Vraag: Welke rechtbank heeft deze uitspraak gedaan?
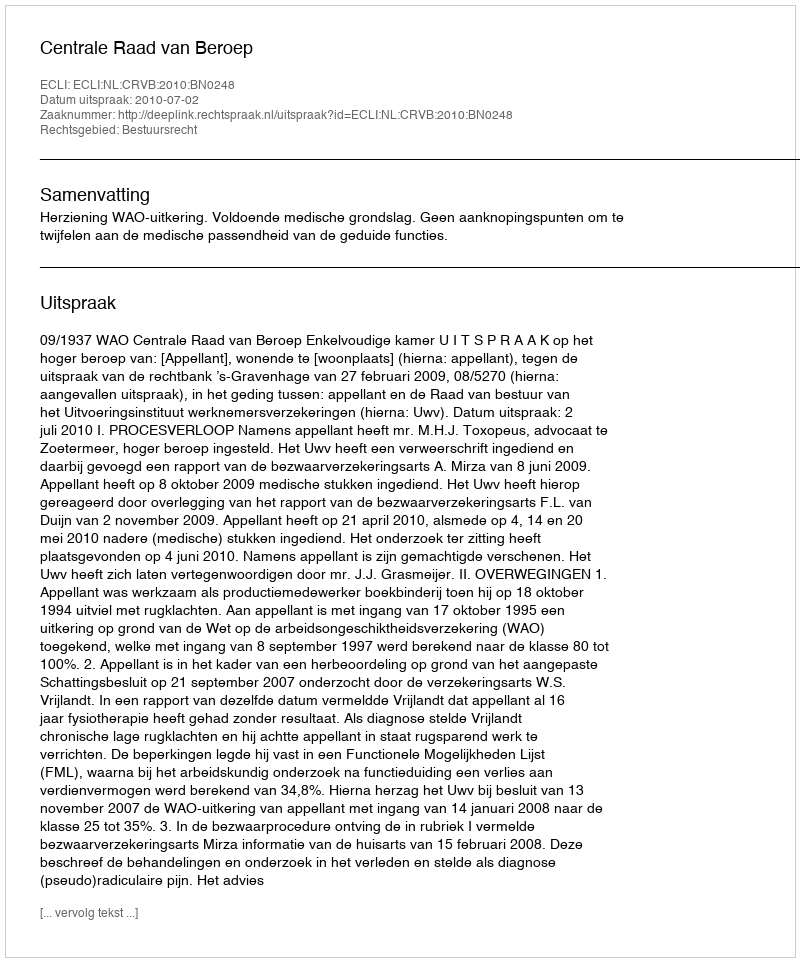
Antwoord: Centrale Raad van Beroep